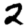
Digit: 2